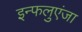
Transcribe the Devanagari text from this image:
इन्फलुएंजा